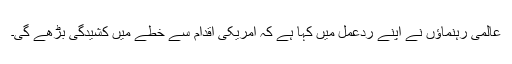
عالمی رہنماؤں نے اپنے ردعمل میں کہا ہے کہ امریکی اقدام سے خطے میں کشیدگی بڑھے گی۔